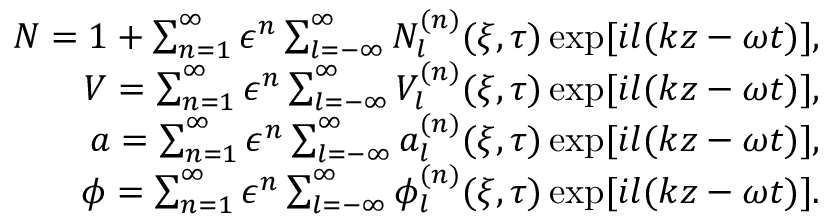
\begin{array} { r } { N = 1 + \sum _ { n = 1 } ^ { \infty } \epsilon ^ { n } \sum _ { l = - \infty } ^ { \infty } N _ { l } ^ { ( n ) } ( \xi , \tau ) \exp [ i l ( k z - \omega t ) ] , } \\ { V = \sum _ { n = 1 } ^ { \infty } \epsilon ^ { n } \sum _ { l = - \infty } ^ { \infty } V _ { l } ^ { ( n ) } ( \xi , \tau ) \exp [ i l ( k z - \omega t ) ] , } \\ { a = \sum _ { n = 1 } ^ { \infty } \epsilon ^ { n } \sum _ { l = - \infty } ^ { \infty } a _ { l } ^ { ( n ) } ( \xi , \tau ) \exp [ i l ( k z - \omega t ) ] , } \\ { \phi = \sum _ { n = 1 } ^ { \infty } \epsilon ^ { n } \sum _ { l = - \infty } ^ { \infty } \phi _ { l } ^ { ( n ) } ( \xi , \tau ) \exp [ i l ( k z - \omega t ) ] . } \end{array}